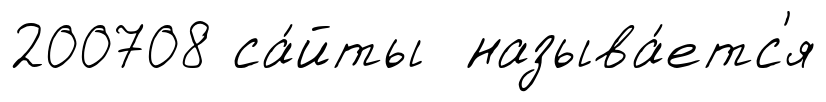
200708 са́йты называ́етс'я